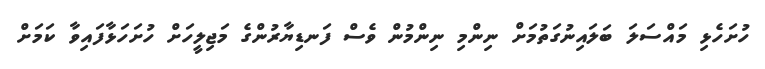
ހުށަހެޅި މައްސަލަ ބަލައިނުގަތުމަށް ނިންމި ނިންމުން ވެސް ފަނޑިޔާރުންގެ މަޖިލީހަށް ހުށަހަޅާފައިވާ ކަމަށް